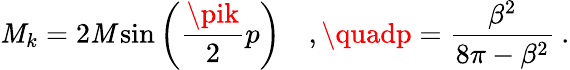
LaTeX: \mathit{M}_{k}=2\mathit{M}\sin\left(\frac{{\pik}}{{2}}p\right)\quad,\quadp=\frac{{\beta^{2}}}{{8\pi-\beta^{2}}}\: .